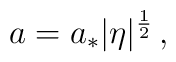
a=a_*|\eta|^{\frac{1}{2}} \,,